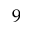
9